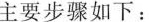
主要步骤如下：